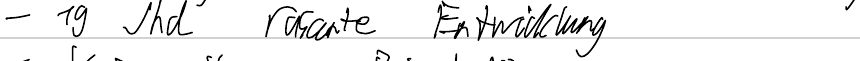
- 19 Jhd rasante Entwicklung